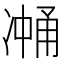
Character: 𰄉